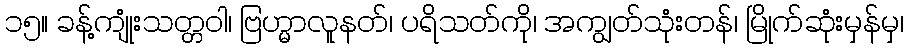
၁၅။ ခန့်ကျုံးသတ္တဝါ၊ ဗြဟ္မာလူနတ်၊ ပရိသတ်ကို၊ အကျွတ်သုံးတန်၊ မြိုက်ဆုံးမှန်မှ၊